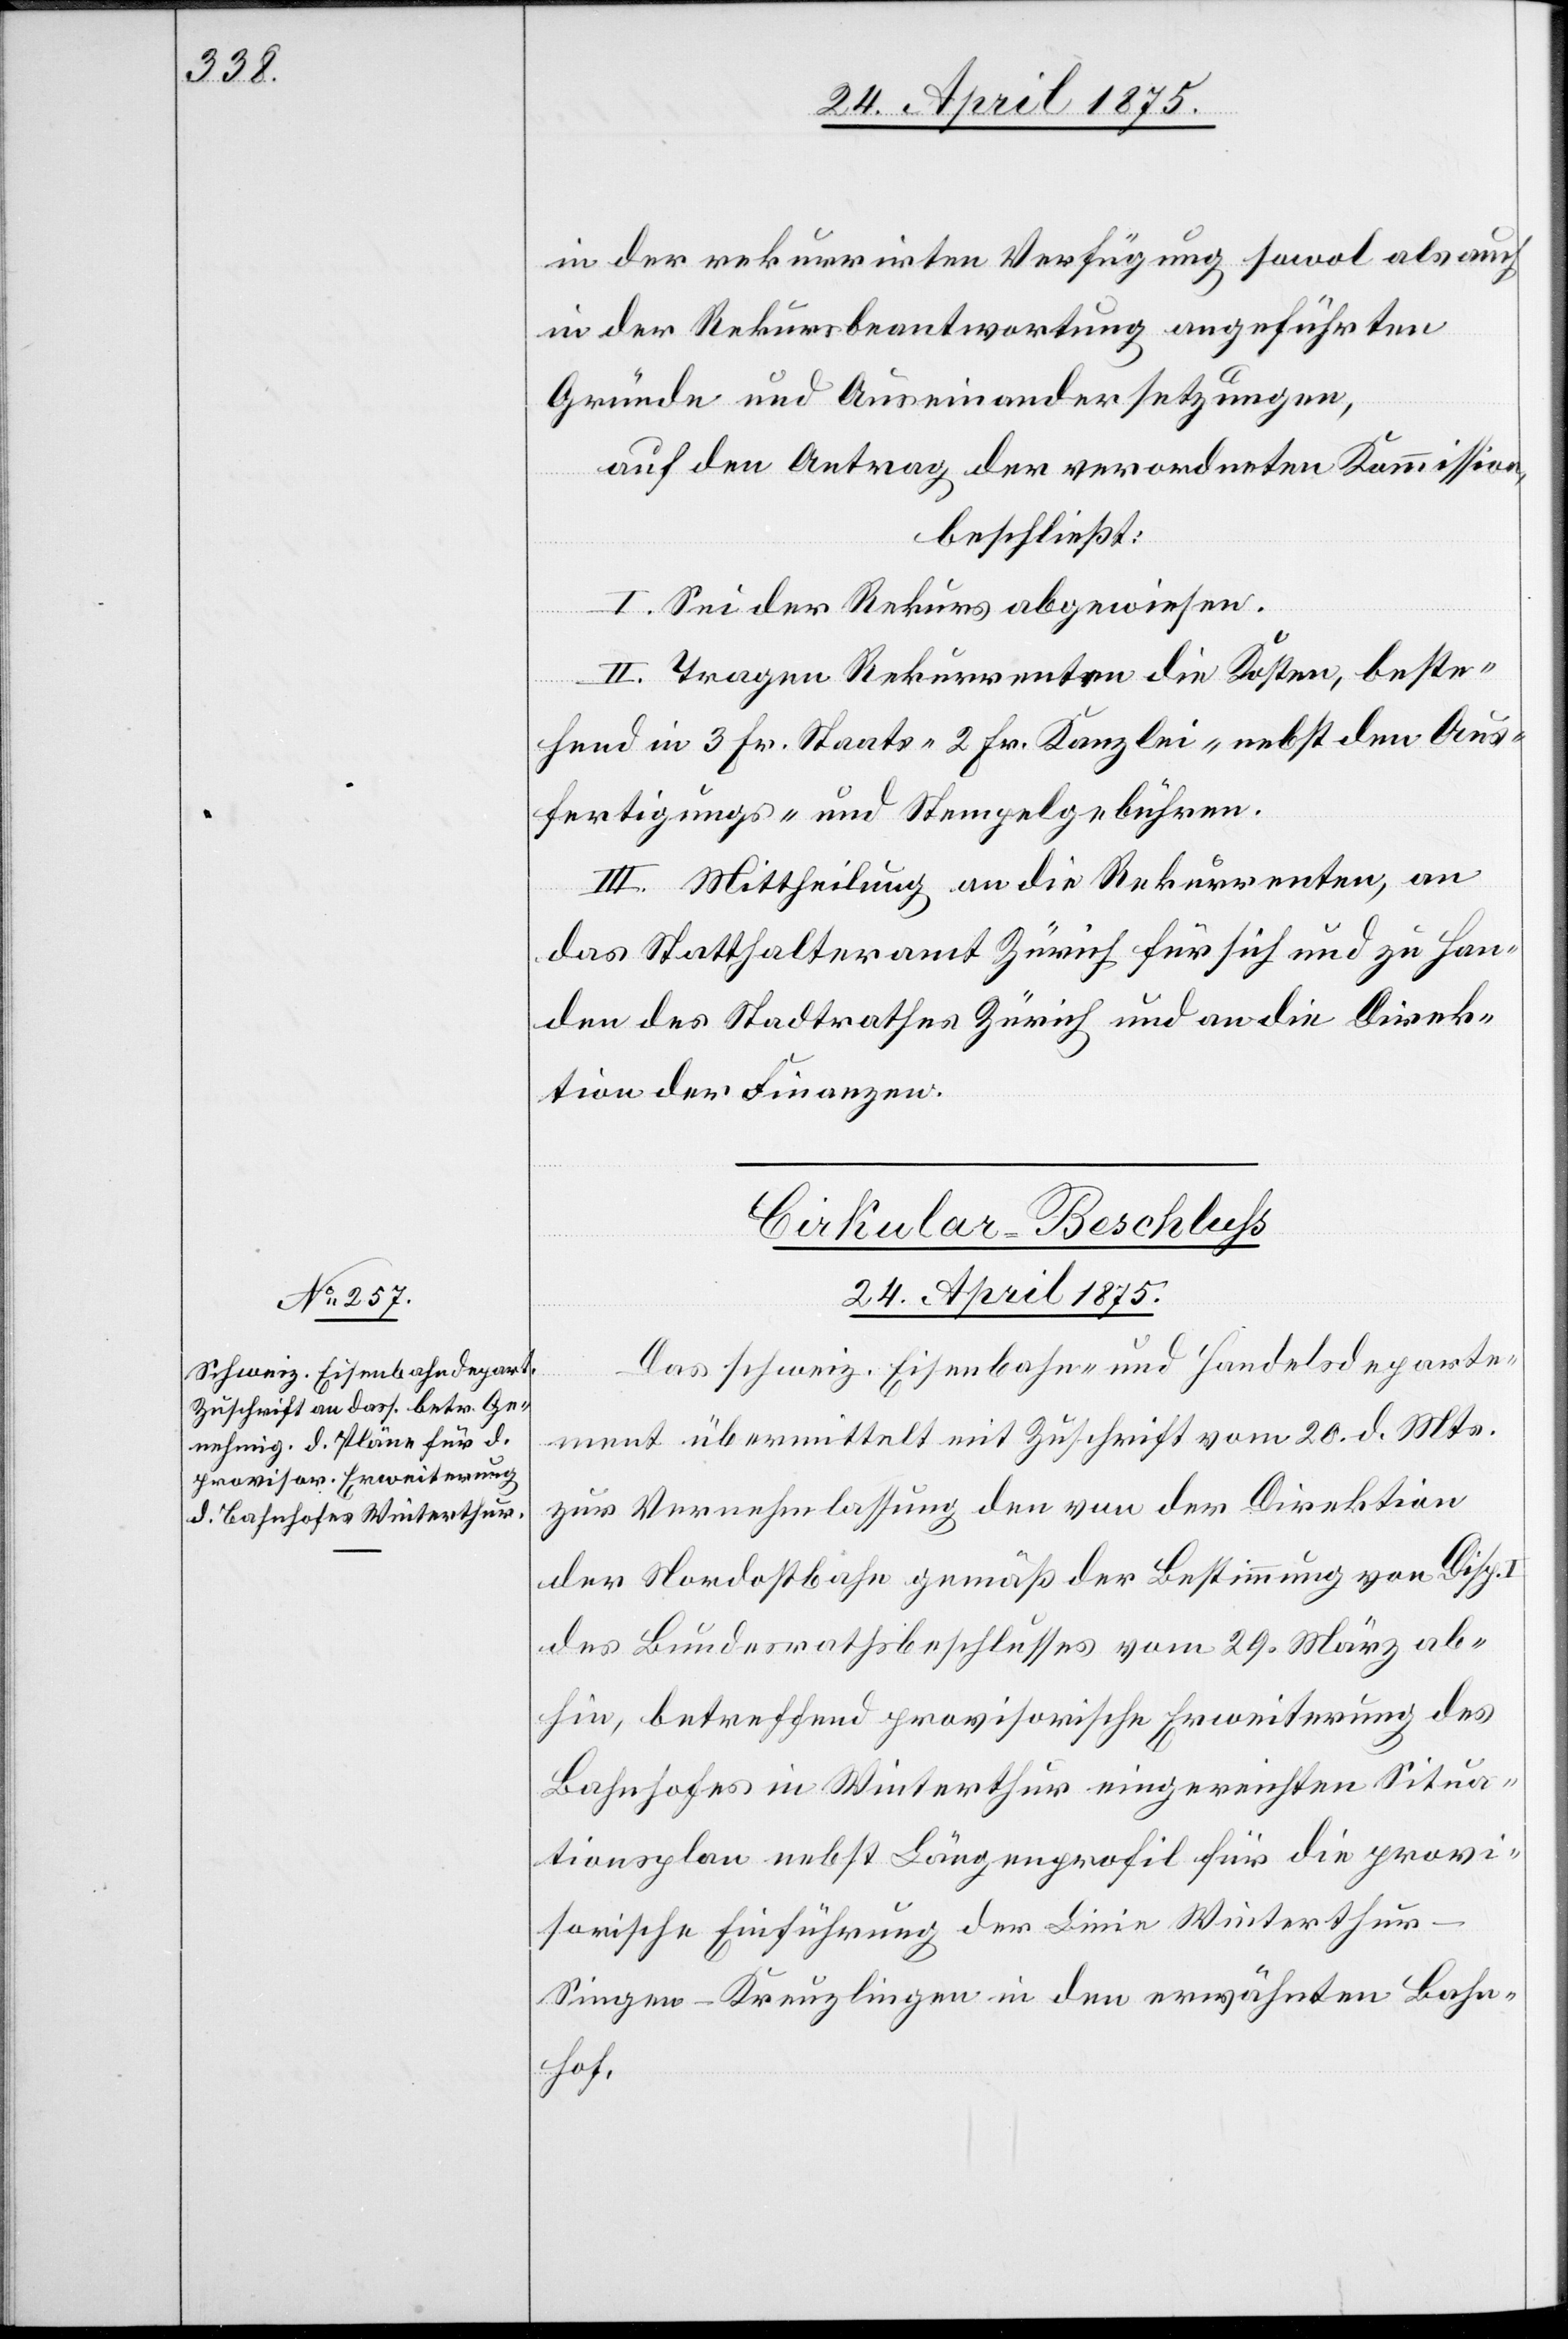
in der rekurrirten Verfügung sowol als auch
in der Rekursbeantwortung angeführten
Gründe und Auseinandersetzungen,
auf den Antrag der verordneten Kommission,
beschließt:
I. Sei der Rekurs abgewiesen.
II. Tragen Rekurrenten die Kosten, beste¬
hend in 3 Fr. Staats- 2 Fr. Kanzlei- nebst den Aus¬
fertigungs- und Stempelgebühren.
III. Mittheilung an die Rekurrenten, an
das Statthalteramt Zürich für sich und zu Han¬
den des Stadtrathes Zürich und an die Direk¬
tion der Finanzen.
Cirkular-Beschluß
24. April 1875
Das schweiz. Eisenbahn- und Handelsdeparte¬
ment übermittelt mit Zuschrift vom 20. d. Mts.
zur Vernehmlassung den von der Direktion
der Nordostbahn gemäß der Bestimmung von Disp.
des Bundesrathsbeschlusses vom 29. März ab¬
hin, betreffend provisorische Erweiterung des
Bahnhofes in Winterthur eingereichten Situa¬
tionsplan nebst Längenprofil für die provi¬
sorische Einführung der Linie Winterthu¬
r–Singen–Kreuzlingen in den erwähnten Bahn¬
hof.